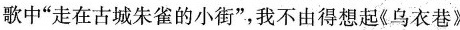
歌中“走在古城朱雀的小街”，我不由得想起《乌衣巷》